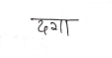
मजकूर: दगा